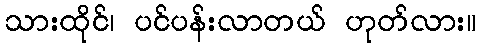
သားထိုင်၊ ပင်ပန်းလာတယ် ဟုတ်လား။